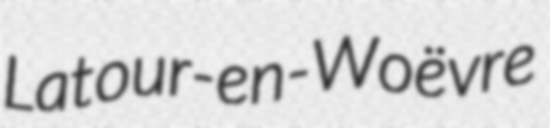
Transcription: Latour-en-Woëvre